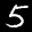
Label: 5